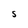
Character: S